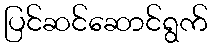
ပြင်ဆင်ဆောင်ရွက်